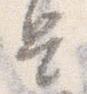
是